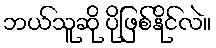
ဘယ်သူဆို ပိုဖြစ်နိုင်လဲ။